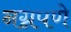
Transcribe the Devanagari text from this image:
नग्नपणे